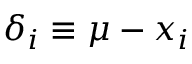
\delta _ { i } \equiv \mu - x _ { i }